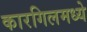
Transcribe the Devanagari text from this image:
कारगिलमध्ये